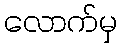
လောက်မှ